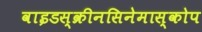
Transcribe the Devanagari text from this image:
वाइडस्क्रीनसिनेमास्कोप